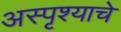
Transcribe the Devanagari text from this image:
अस्पृश्‍याचे